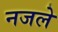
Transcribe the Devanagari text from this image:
नजले